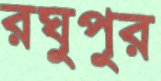
রঘুপুর